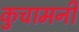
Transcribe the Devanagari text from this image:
कुचामनी